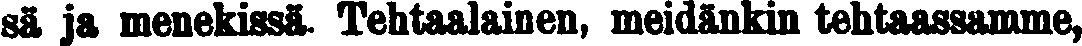
sä ja menekissä. Tehtaalainen, meidänkin tehtaassamme,